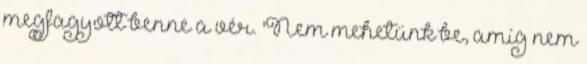
megfagyott benne a vér. 'Nem mehetünk be, amíg nem